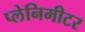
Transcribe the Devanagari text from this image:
प्लेनिमीटर